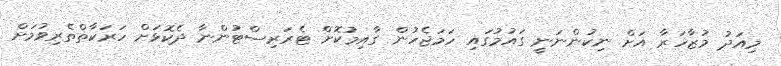
މިއަދު މުޒާހަރާ އަށް ނިކުންނަނީ ގައުމުގައި ހަމަޖެހުން ގާއިމުކޮށް ޓެރަރިސްޓުންނާ ދެކޮޅަށް ހަރަކާތްތެރިވުމަށް